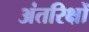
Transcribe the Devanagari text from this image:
अंतरिक्षों